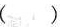
( )